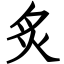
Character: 炙